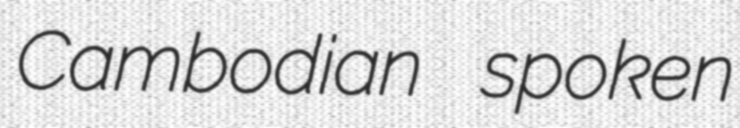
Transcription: Cambodian spoken